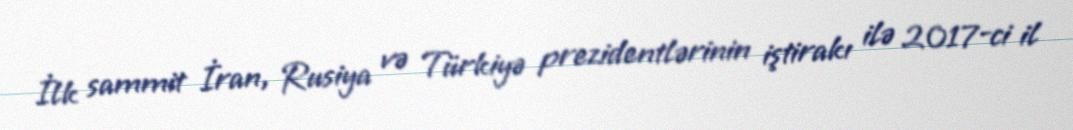
İlk sammit İran, Rusiya və Türkiyə prezidentlərinin iştirakı ilə 2017-ci il